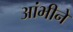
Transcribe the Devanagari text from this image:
आंभीने